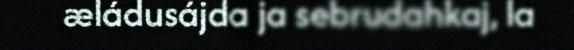
æládusájda ja sebrudahkaj, la